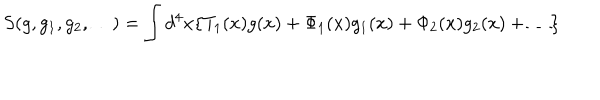
LaTeX: S ( g , g _ { 1 } , g _ { 2 } , \ldots ) = \int d ^ { 4 } x \{ T _ { 1 } ( x ) g ( x ) + \Phi _ { 1 } ( x ) g _ { 1 } ( x ) + \Phi _ { 2 } ( x ) g _ { 2 } ( x ) + \ldots \}